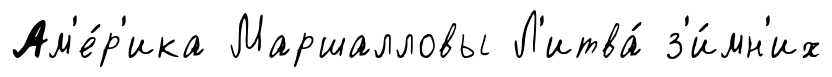
Ам'е́р'ика Маршалловы Л'итва́ з'и́мн'их